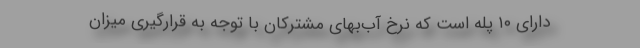
دارای ۱۰ پله است که نرخ آب‌بهای مشترکان با توجه به قرارگیری میزان